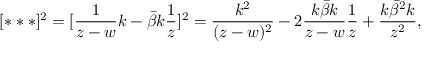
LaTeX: [ * * * ] ^ { 2 } = [ \frac { 1 } { z - w } k - \bar { \beta } k \frac { 1 } { z } ] ^ { 2 } = \frac { k ^ { 2 } } { ( z - w ) ^ { 2 } } - 2 \frac { k \bar { \beta } k } { z - w } \frac { 1 } { z } + \frac { k \bar { \beta } ^ { 2 } k } { z ^ { 2 } } ,